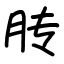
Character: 䏝